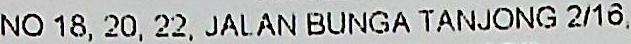
NO 18, 20, 22, JALAN BUNGA TANJONG 2/16,